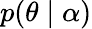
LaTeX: p(\theta\mid\alpha)